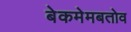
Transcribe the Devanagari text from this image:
बेकमेमबतोव